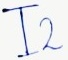
Text: I2